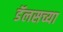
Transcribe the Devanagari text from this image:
डॅलसच्या